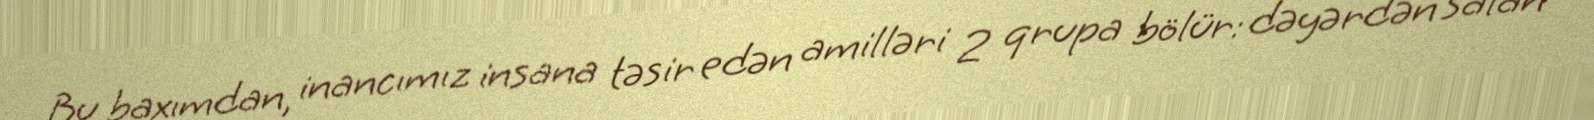
Bu baxımdan, inancımız insana təsir edən amilləri 2 qrupa bölür: dəyərdən salan